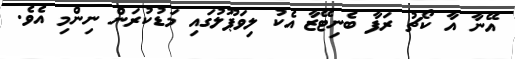
އޭނާ އާ ކޯޗު ރަފާ ބެނިޓޭޒާ އެކު ލިވަޕޫލުގައި މަޑުކުރަން ނިންމި އެވެ.